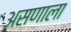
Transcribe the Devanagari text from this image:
असणाला